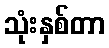
သုံးနှစ်တာ